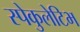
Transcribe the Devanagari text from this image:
स्पेकुलेटिभ